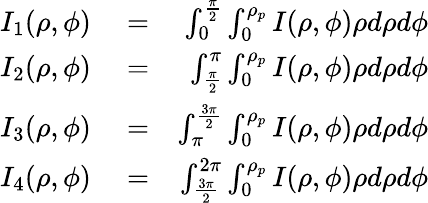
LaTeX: \begin{array}{rlr}{I_{1}(\rho,\phi)}&{{}=}&{\int_{0}^{\frac{\pi}{2}}\int_{0}^{\rho_{p}}I(\rho,\phi)\rho d\rho d\phi}\\ {I_{2}(\rho,\phi)}&{{}=}&{\int_{\frac{\pi}{2}}^{\pi}\int_{0}^{\rho_{p}}I(\rho,\phi)\rho d\rho d\phi}\\ {I_{3}(\rho,\phi)}&{{}=}&{\int_{\pi}^{\frac{3\pi}{2}}\int_{0}^{\rho_{p}}I(\rho,\phi)\rho d\rho d\phi}\\ {I_{4}(\rho,\phi)}&{{}=}&{\int_{\frac{3\pi}{2}}^{2\pi}\int_{0}^{\rho_{p}}I(\rho,\phi)\rho d\rho d\phi}\end{array}